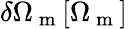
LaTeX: \delta\Omega_{\mathrm{~m~}}[\Omega_{\mathrm{~m~}}]